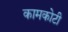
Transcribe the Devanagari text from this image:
कामकोटी